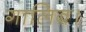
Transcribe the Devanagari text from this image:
गालिब।